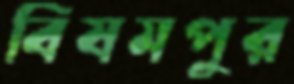
বিষমপুর